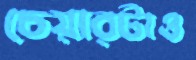
চেয়ারটাও